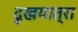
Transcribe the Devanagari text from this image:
दुखयात्रा